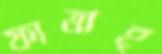
ফাত্তাহ্